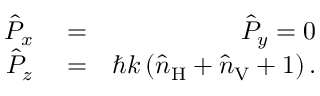
\begin{array} { r l r } { \hat { P } _ { x } } & { { } = } & { \hat { P } _ { y } = 0 } \\ { \hat { P } _ { z } } & { { } = } & { \hbar k \left( \hat { n } _ { \mathrm { H } } + \hat { n } _ { \mathrm { V } } + 1 \right) . } \end{array}